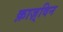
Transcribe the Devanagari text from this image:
क़ाज़्विन